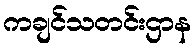
ကချင်သတင်းဌာန